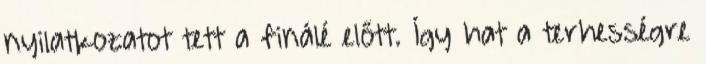
nyilatkozatot tett a finálé előtt. Így hat a terhességre